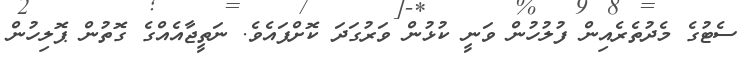
ސެޓުގެ މެދުތެރެއިން ފުލުހުން ވަނީ ކުޅުން ވަރުގަދަ ކޮށްފައެވެ. ނަތީޖާއެއްގެ ގޮތުން ޕޮލިހުން